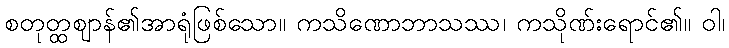
စတုတ္ထဈာန်၏အာရုံဖြစ်သော။ ကသိဏောဘာသဿ၊ ကသိုဏ်းရောင်၏။ ဝါ၊